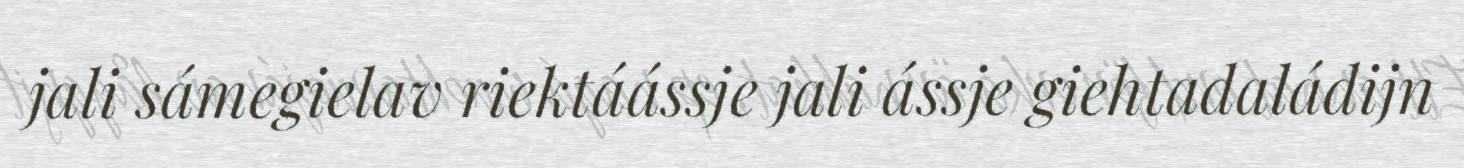
jali sámegielav riektáássje jali ássje giehtadaládijn